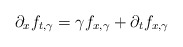
\begin{align*}\partial_x f_{t,\gamma}=\gamma f_{x,\gamma}+\partial_t f_{x,\gamma}\end{align*}